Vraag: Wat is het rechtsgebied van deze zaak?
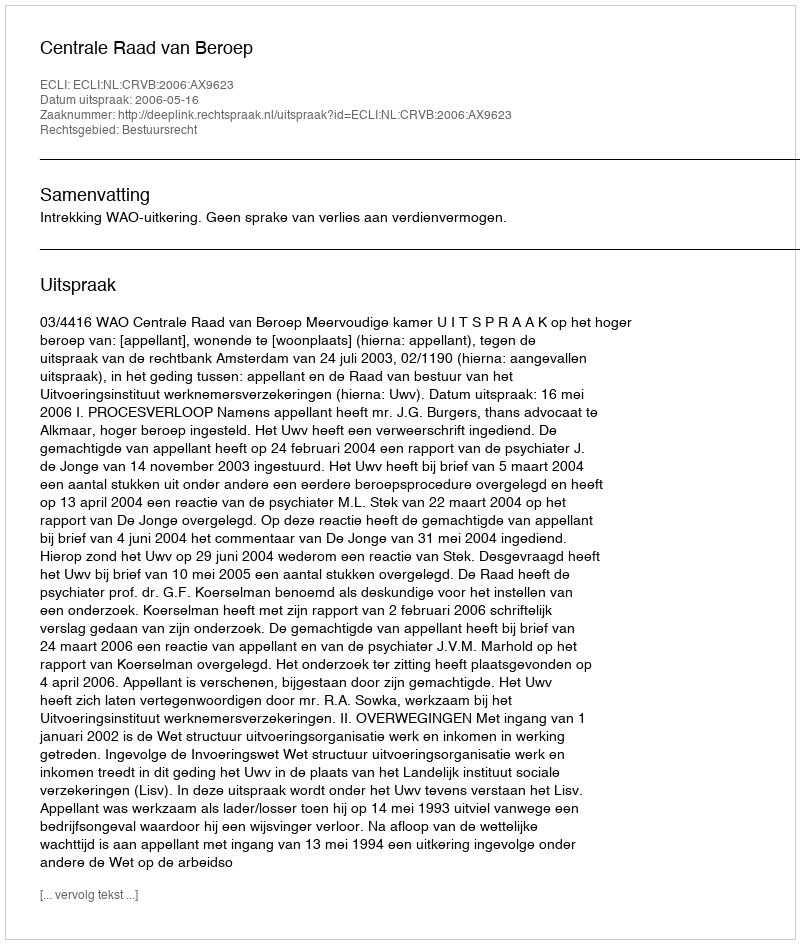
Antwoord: Bestuursrecht